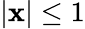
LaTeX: |\mathbf{x}|\leq1